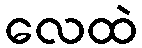
လေထဲ